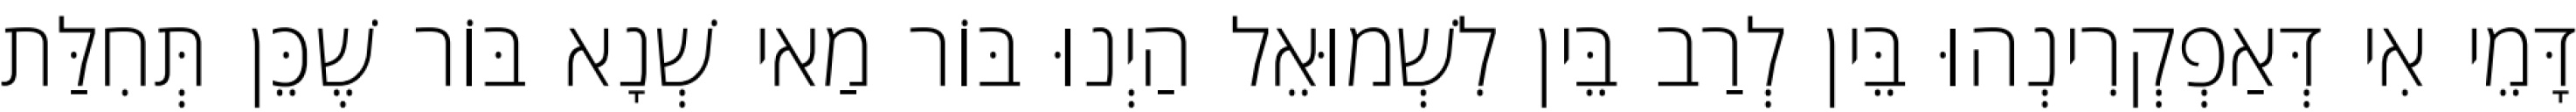
דָּמֵי אִי דְּאַפְקְרִינְהוּ בֵּין לְרַב בֵּין לִשְׁמוּאֵל הַיְנוּ בּוֹר מַאי שְׁנָא בּוֹר שֶׁכֵּן תְּחִלַּת